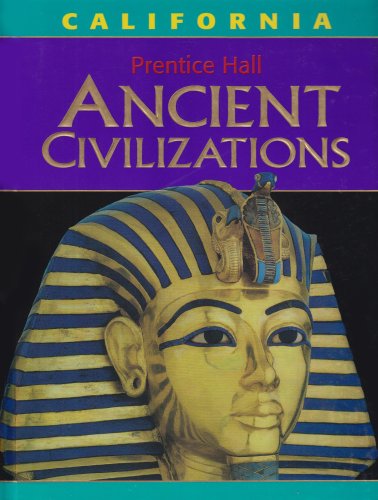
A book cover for Ancient Civilizations: California Middle Grades Social Studies Grade 6 2006c; Diane Hart; Children's Books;